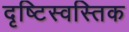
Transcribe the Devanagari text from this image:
दृष्टिस्वस्तिक